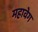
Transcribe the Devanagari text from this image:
महावेग